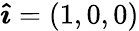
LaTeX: {\boldsymbol{\hat{\imath}}}=(1,0,0)